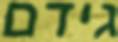
גידם